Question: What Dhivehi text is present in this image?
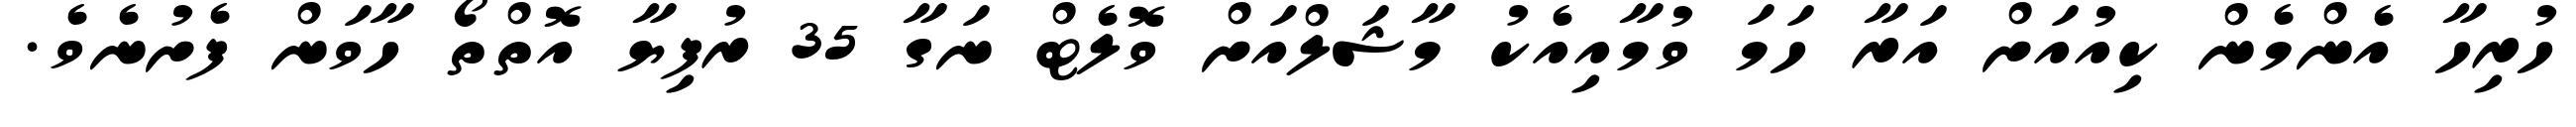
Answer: ހުރިހާ އެންމެން ކިއުއަށް އަރާ ހަމަ ވުމާއިއެކު މާޝަލްއަށް ވޮލެޓް ނަގާ 35 ރުފިޔާ އޮތްތޯ ހާވަން ފެށުނެވެ.